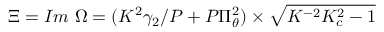
\Xi = I m ~ \Omega = ( K ^ { 2 } \gamma _ { 2 } / P + P \Pi _ { \theta } ^ { 2 } ) \times \sqrt { K ^ { - 2 } K _ { c } ^ { 2 } - 1 }